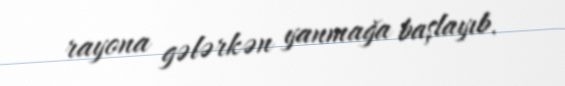
rayona gələrkən yanmağa başlayıb.